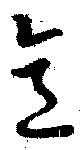
意